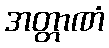
အတ္တာဏံ